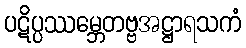
ပဋိပ္ပဿမ္ဘေတဗ္ဗအဋ္ဌာရသကံ